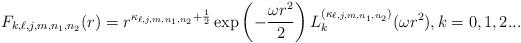
LaTeX: \begin{align*}F_{k,\ell,j,m,n_1,n_2}(r)=r^{\kappa _{\ell,j,m,n_1,n_2}+\frac{1}{2}}\exp \left(-\frac{\omega r^{2}}{2}\right)L_{k}^{(\kappa _{\ell,j,m,n_1,n_2})}(\omega r^{2}),k=0,1,2... \ \end{align*}